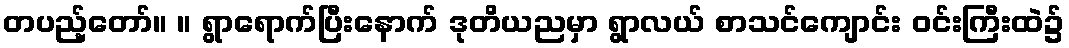
တပည့်တော်။ ။ ရွာရောက်ပြီးနောက် ဒုတိယညမှာ ရွာလယ် စာသင်ကျောင်း ဝင်းကြီးထဲ၌